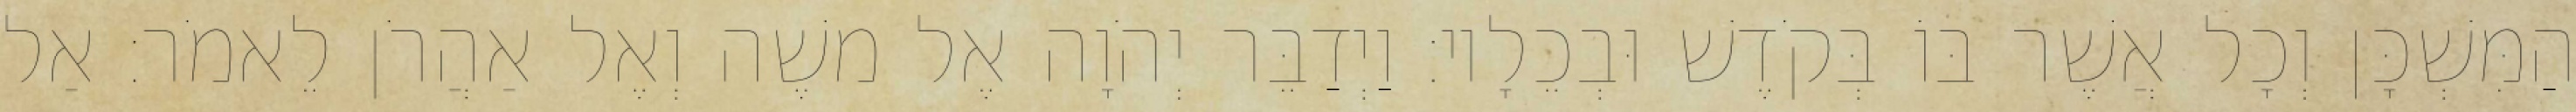
הַמִּשְׁכָּן וְכָל אֲשֶׁר בּוֹ בְּקֹדֶשׁ וּבְכֵלָיו׃ וַיְדַבֵּר יְהֹוָה אֶל משֶׁה וְאֶל אַהֲרֹן לֵאמֹר׃ אַל